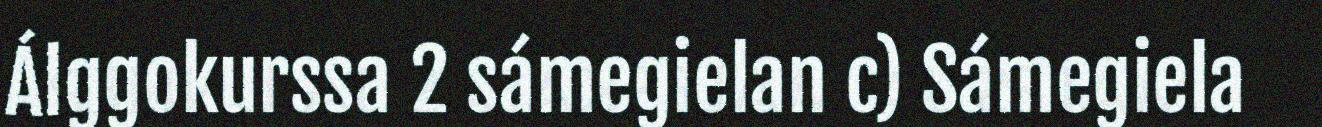
Álggokurssa 2 sámegielan c) Sámegiela